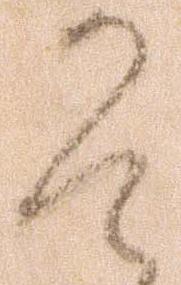
そ